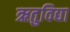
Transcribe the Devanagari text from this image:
ऋतुविद्या